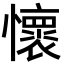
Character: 懷